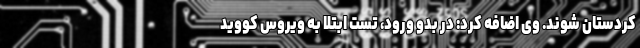
کردستان شوند. وی اضافه کرد: در بدو ورود، تست ابتلا به ویروس کووید